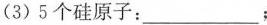
(3)5个硅原子：___；